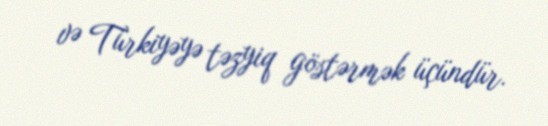
və Türkiyəyə təzyiq göstərmək üçündür.